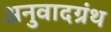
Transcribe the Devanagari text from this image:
अनुवादग्रंथ